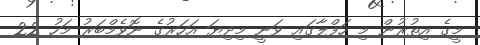
މީގެ އިތުރުން މި ހަފްލާގައި ވަނީ މިދިޔަ އަހަރުގެ ނޮވެމްބަރު މަހު 22